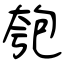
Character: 匏